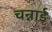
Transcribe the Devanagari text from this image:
चन्नाई